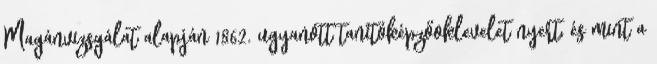
Magánvizsgálat alapján 1862. ugyanott tanítóképzőoklevelet nyert, és mint a